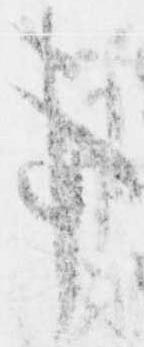
事